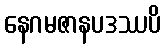
နေဂမဇာနပဒဿပိ